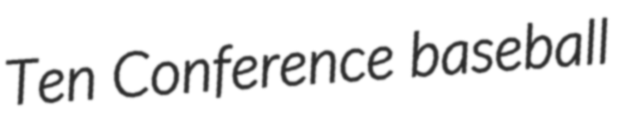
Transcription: Ten Conference baseball